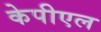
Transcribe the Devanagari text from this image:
केपीएल